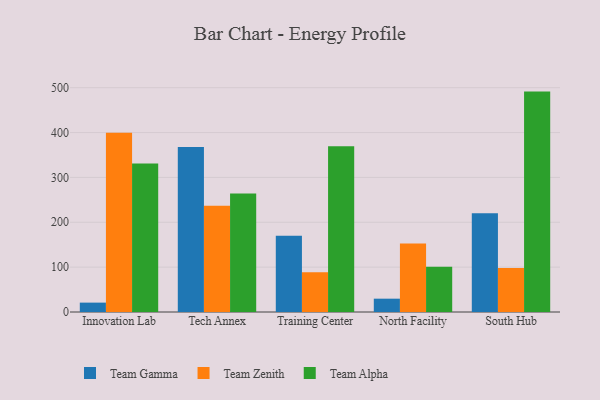
{"axis": {"x": "Campus", "y": "Satisfaction Score"}, "legend": ["Team Alpha", "Team Gamma", "Team Zenith"], "data": [{"x": "Innovation Lab", "y": 20.9, "type": "Team Gamma"}, {"x": "Innovation Lab", "y": 399.6, "type": "Team Zenith"}, {"x": "Innovation Lab", "y": 331.1, "type": "Team Alpha"}, {"x": "Tech Annex", "y": 367.9, "type": "Team Gamma"}, {"x": "Tech Annex", "y": 237.1, "type": "Team Zenith"}, {"x": "Tech Annex", "y": 264.4, "type": "Team Alpha"}, {"x": "Training Center", "y": 169.9, "type": "Team Gamma"}, {"x": "Training Center", "y": 88.5, "type": "Team Zenith"}, {"x": "Training Center", "y": 369.6, "type": "Team Alpha"}, {"x": "North Facility", "y": 29.7, "type": "Team Gamma"}, {"x": "North Facility", "y": 152.9, "type": "Team Zenith"}, {"x": "North Facility", "y": 100.9, "type": "Team Alpha"}, {"x": "South Hub", "y": 219.9, "type": "Team Gamma"}, {"x": "South Hub", "y": 98.1, "type": "Team Zenith"}, {"x": "South Hub", "y": 491.3, "type": "Team Alpha"}]}